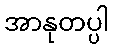
အာနုတပ္ပါ